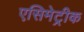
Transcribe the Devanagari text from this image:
एसिमेट्रीक